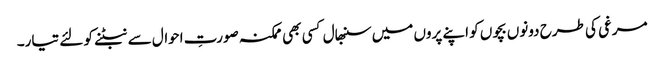
مرغی کی طرح دونوں بچوں کو اپنے پروں میں سنبھال کسی بھی ممکنہ صورتِ احوال سے نبٹنے کو لئے تیار۔